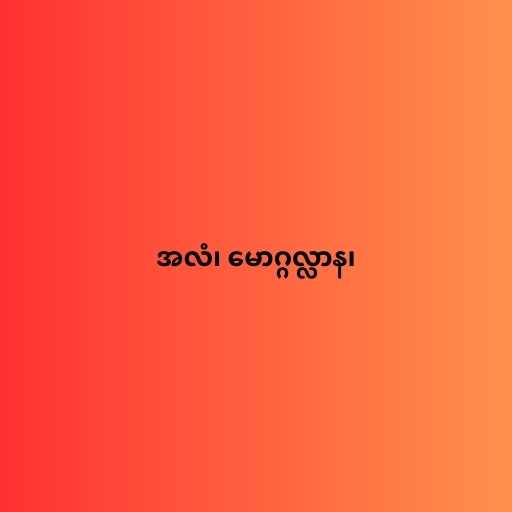
အလံ၊ မောဂ္ဂလ္လာန၊